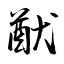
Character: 猷